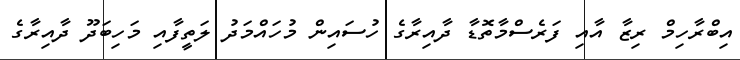
އިބްރާހިމް ރިޒާ އާއި ފަރެސްމާތޮޑާ ދާއިރާގެ ހުސައިން މުހައްމަދު ލަތީފާއި މަހިބަދޫ ދާއިރާގެ